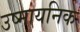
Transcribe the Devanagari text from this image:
उष्मायनिक